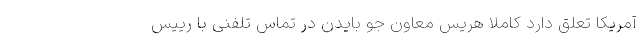
آمریکا تعلق دارد کاملا هریس معاون جو بایدن در تماس تلفنی با رییس